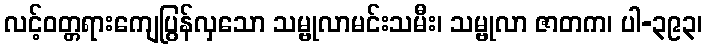
လင့်ဝတ္တရားကျေပြွန်လှသော သမ္ဗုလာမင်းသမီး၊ သမ္ဗုလာ ဇာတက၊ ပါ-၃၉၃၊